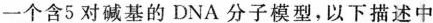
一个含5对碱基的DNA分子模型，以下描述中